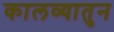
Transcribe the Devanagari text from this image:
कालव्यातुन